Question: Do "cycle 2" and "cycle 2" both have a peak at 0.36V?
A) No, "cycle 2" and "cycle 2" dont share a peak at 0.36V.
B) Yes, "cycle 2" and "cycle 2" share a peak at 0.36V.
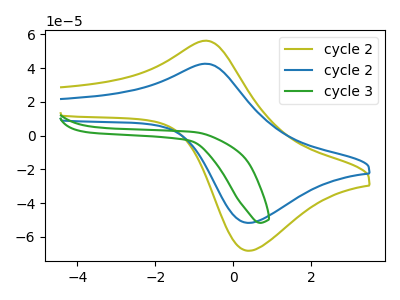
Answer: <think>The olive curve "cycle 2" has an anodic peak at (-0.75V, 56.30uA) and a cathodic peak at (0.35V, -68.20uA). The blue curve "cycle 2" has an anodic peak at (-0.75V, 42.65uA) and a cathodic peak at (0.35V, -51.70uA). The green curve "cycle 3" has no peaks.</think>
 <answer>B) Yes, "cycle 2" and "cycle 2" share a peak at 0.36V.</answer>
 <eval>B</eval>